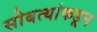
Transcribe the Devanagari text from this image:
सोबत्यांकडून